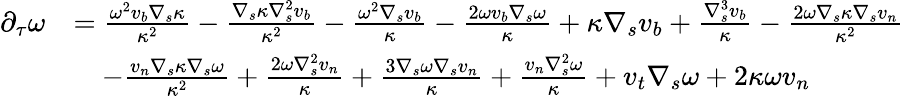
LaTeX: \begin{array}{rl}{\partial_{\tau}\omega}&{=\frac{\omega^{2}v_{b}\nabla_{s}\kappa}{\kappa^{2}}-\frac{\nabla_{s}\kappa\nabla_{s}^{2}v_{b}}{\kappa^{2}}-\frac{\omega^{2}\nabla_{s}v_{b}}{\kappa}-\frac{2\omega v_{b}\nabla_{s}\omega}{\kappa}+\kappa\nabla_{s}v_{b}+\frac{\nabla_{s}^{3}v_{b}}{\kappa}-\frac{2\omega\nabla_{s}\kappa\nabla_{s}v_{n}}{\kappa^{2}}}\\ &{\quad-\frac{v_{n}\nabla_{s}\kappa\nabla_{s}\omega}{\kappa^{2}}+\frac{2\omega\nabla_{s}^{2}v_{n}}{\kappa}+\frac{3\nabla_{s}\omega\nabla_{s}v_{n}}{\kappa}+\frac{v_{n}\nabla_{s}^{2}\omega}{\kappa}+v_{t}\nabla_{s}\omega+2\kappa\omega v_{n}}\end{array}